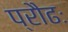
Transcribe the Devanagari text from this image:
प्रौढः